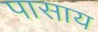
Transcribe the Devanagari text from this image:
पासाय